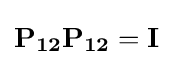
\mathbf {P_{12}P_{12}} =\mathbf {I}